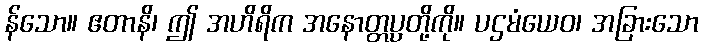
န်သော။ ဧတာနိ၊ ဤ အဟိရိက အနောတ္တပ္ပတို့ကို။ ပဌမံယေဝ၊ အခြားသော